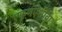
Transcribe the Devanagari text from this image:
एकुणऐशींवा